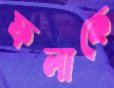
ফলাকে